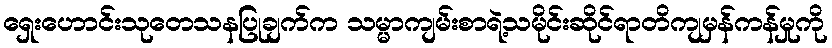
ရှေးဟောင်းသုတေသနပြုချက်က သမ္မာကျမ်းစာရဲ့သမိုင်းဆိုင်ရာတိကျမှန်ကန်မှုကို